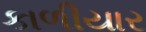
કાળીયાર